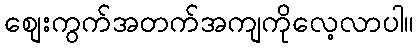
စျေးကွက်အတက်အကျကိုလေ့လာပါ။